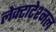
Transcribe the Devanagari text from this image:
लेक्टाटेश्नल